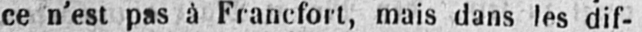
ce n’est pas à Francfort, mais dans les dif-